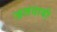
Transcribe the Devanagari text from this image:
जलदायी